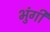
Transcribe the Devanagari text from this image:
भुंगी